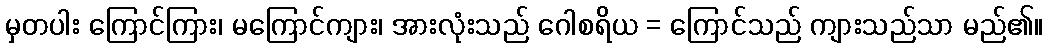
မှတပါး ကြောင်ကြား၊ မကြောင်ကျား၊ အားလုံးသည် ဂေါစရိယ = ကြောင်သည် ကျားသည်သာ မည်၏။